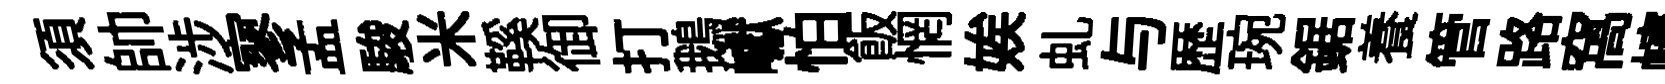
須帥涉寥孟駿米鞵御打鵝巘怕飯惘娭虬与歴琬鋸養管路窩幰